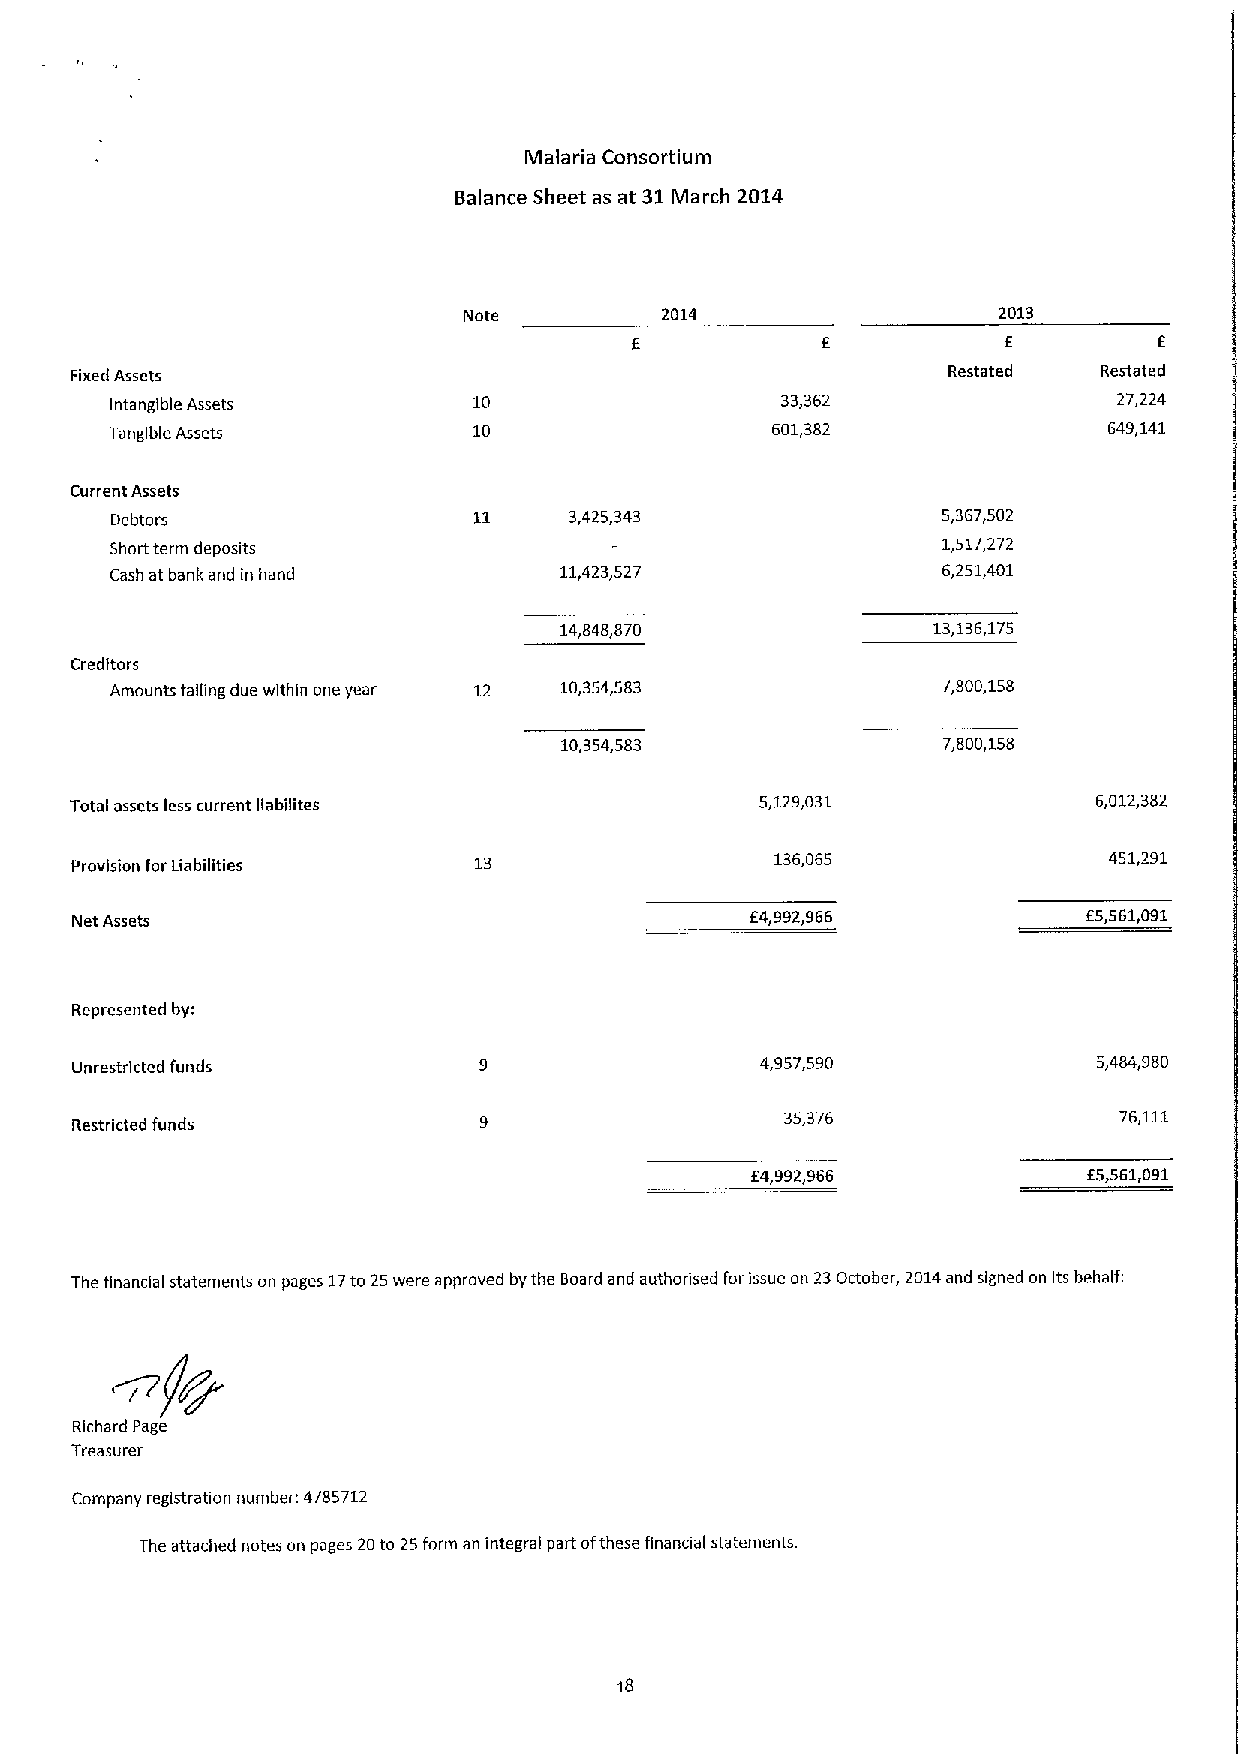
Malaria Consortium
 Balance Sheet as at 31March 2014
 Note         2014                  2013
 Fixed Assets                                              Restated  Restated
 Intangible Assets       10                   33,362                27,224
 Tangible Assets         10                  601,382               649,141
 Current Assets
 Debtors                        3,425,343               5,367,502
 Short term deposits                                    1,517,272
 Cash at bank and in hand      11,423,527               6,251,401
 14,848,870               13,136,175
 Creditors
 Amounts falling due within one year 12 10,354,583      7,800,158
 10,354,583               7,800,158
 Total assets less current liebilites         5,129,031              6,012,382
 136,065               451,291
 Provision for Liabilities
 Net Assets                                   E4,992,966            E5,561,091
 Represented by;
 unrestricted funds                           4,957,590              5,484,980
 35,376                76,111
 Restricted funds
 E4,992,966            E5,561,091
 The financial statements on pages 17to 25were approved by the Board and authorised for issue on 23October, 2014and signed on its behalf.
 Richard Page
 Treasurer
 Company registration number. 4785712
 The attached notes on pages 20to 25form an integral part ofthese financial statements.